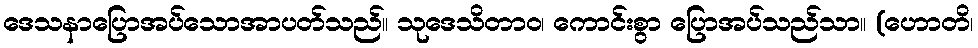
ဒေသနာပြောအပ်သောအာပတ်သည်။ သုဒေသိတာဝ၊ ကောင်းစွာ ပြောအပ်သည်သာ။ (ဟောတိ၊